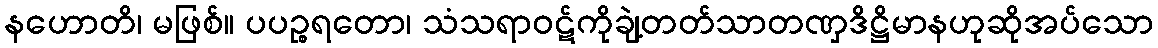
နဟောတိ၊ မဖြစ်။ ပပဉ္စရတော၊ သံသရာဝဋ်ကိုချဲ့တတ်သာတဏှဒိဋ္ဌိမာနဟုဆိုအပ်သော